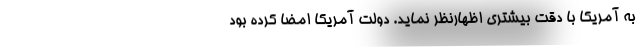
به آمریکا با دقت بیشتری اظهارنظر نماید. دولت آمریکا امضا کرده بود